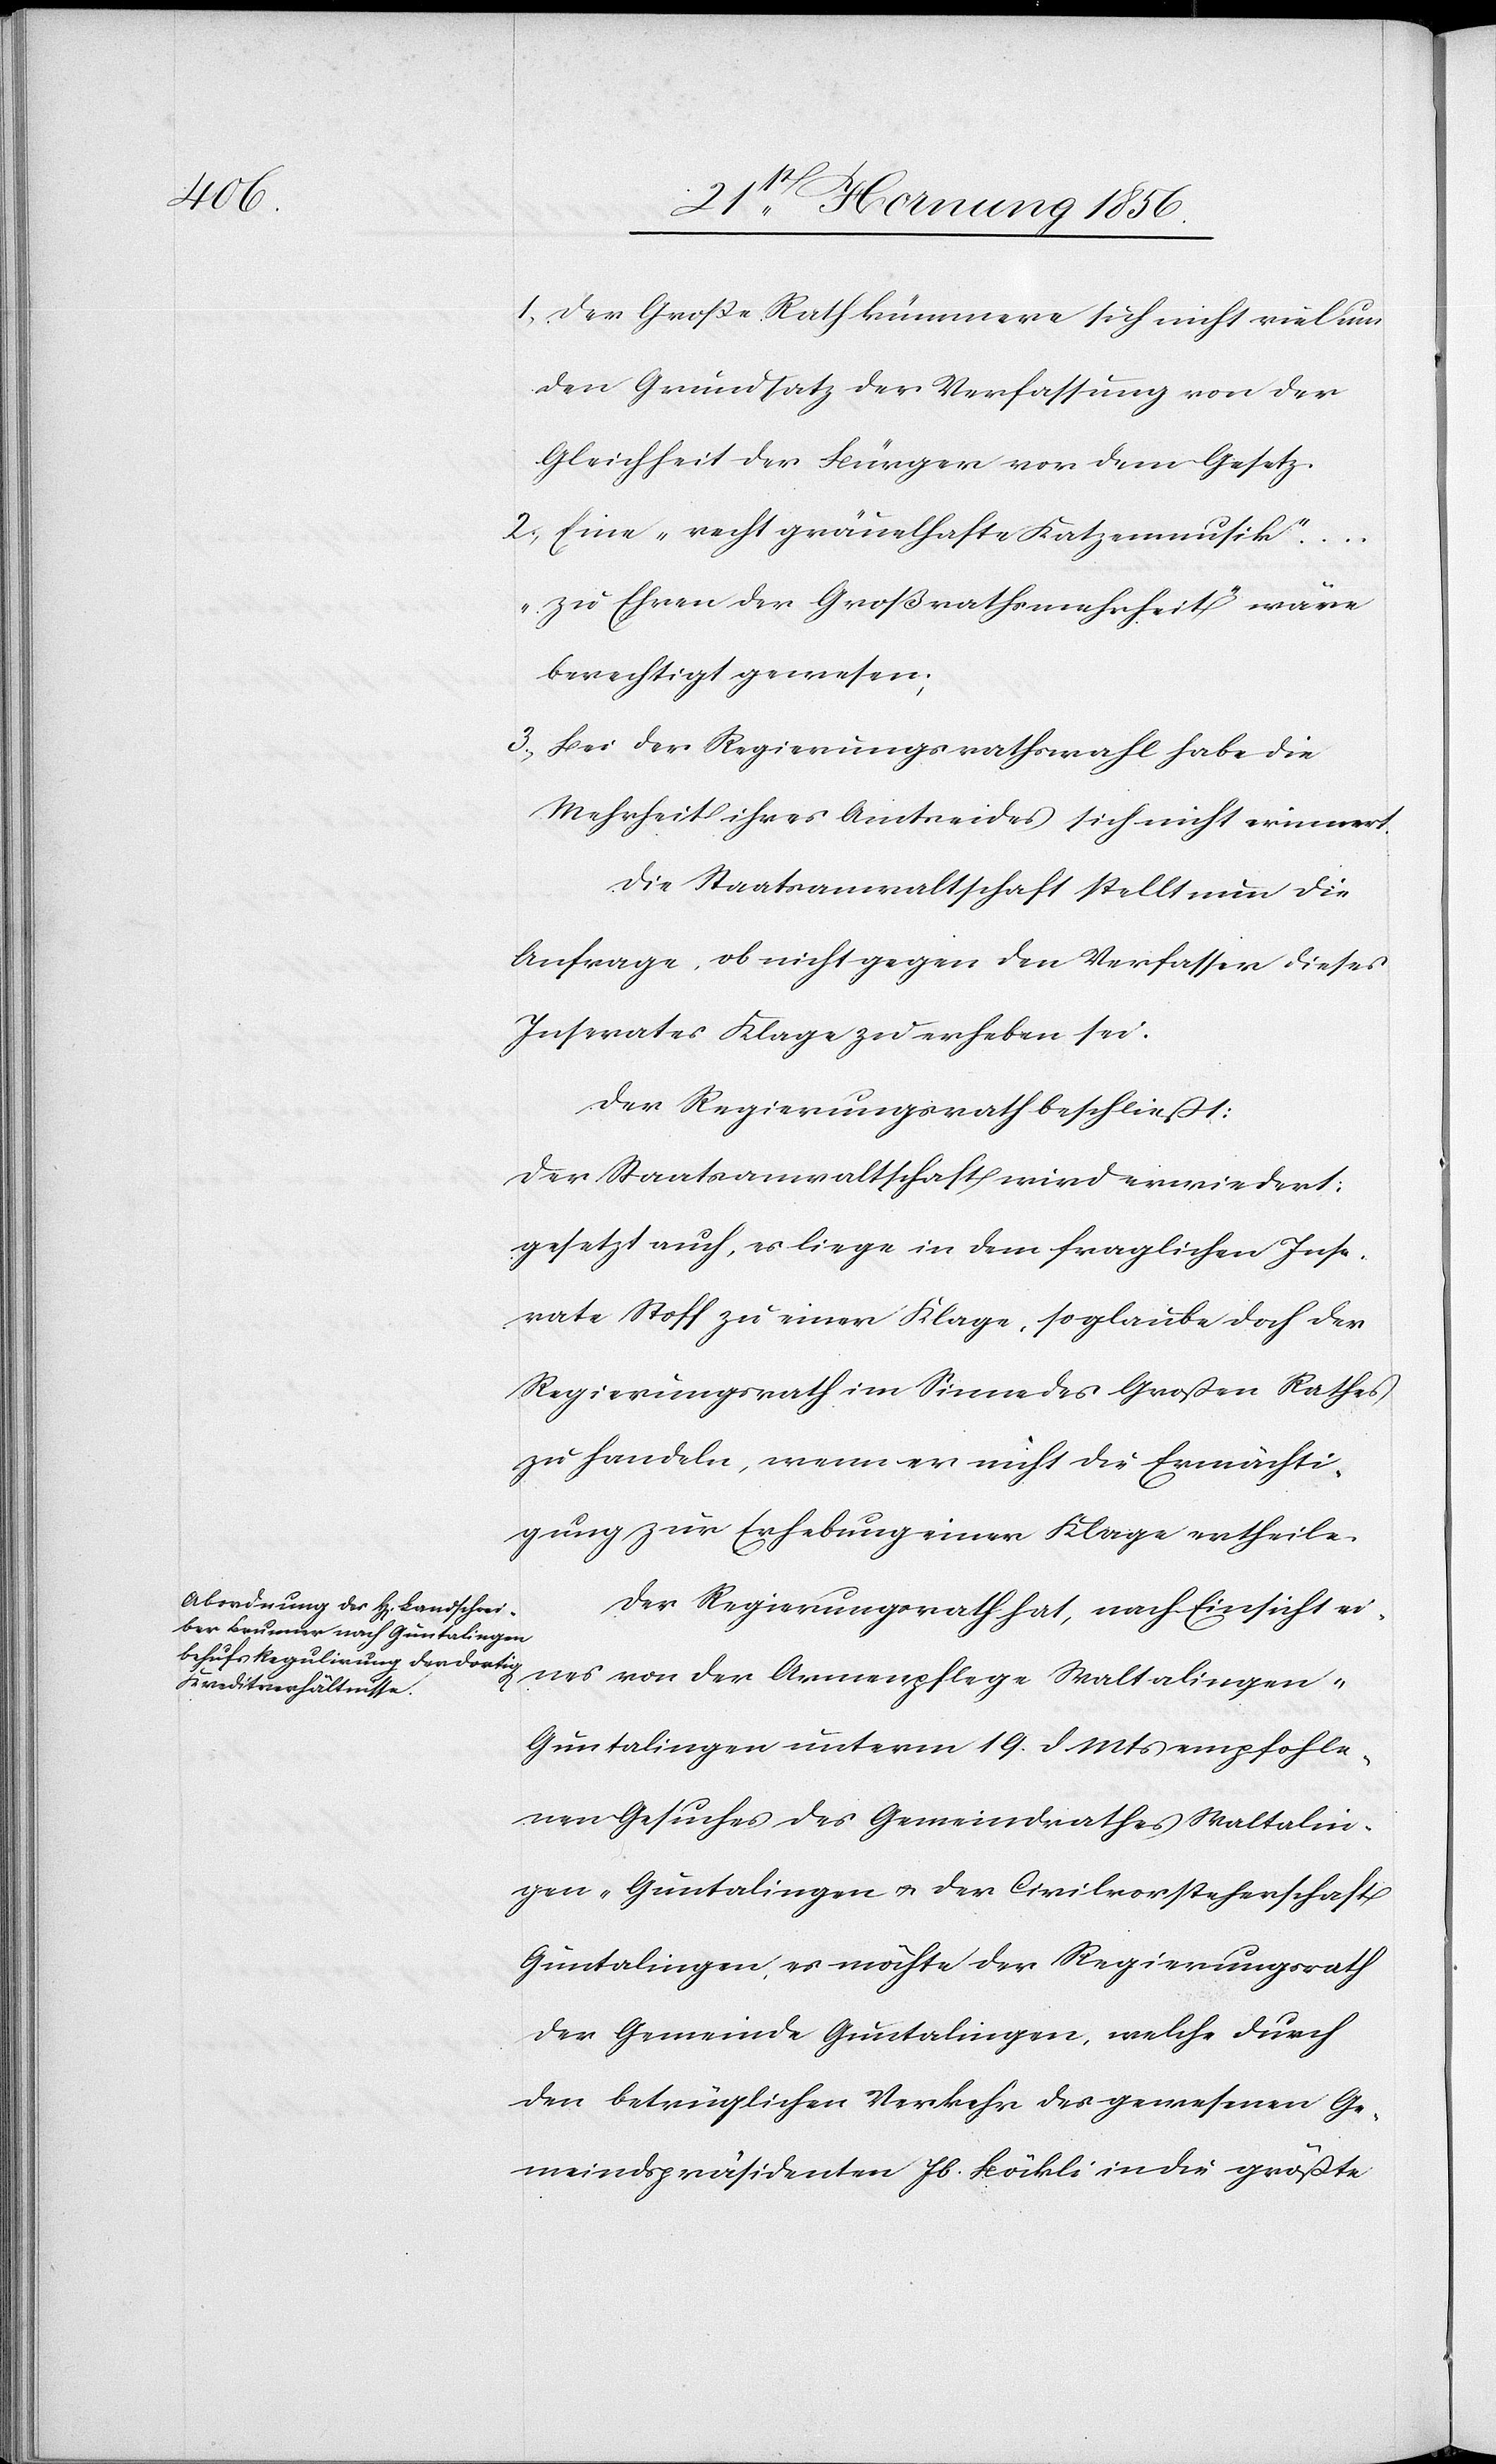
1. Der Große Rath kümmere sich nicht viel um
den Grundsatz der Verfassung von der
Gleichheit der Bürger vor dem Gesetz.
2. Eine „recht gräuelhafte Katzenmusik“
in¬
„zu Ehren der Großrathsmehrheit“ wäre
berechtigt gewesen;
3. Bei der Regierungsrathswahl habe die
Mehrheit ihres Amtseides sich nicht erinnert.
Die Staatsanwaltschaft stellt nun die
Anfrage, ob nicht gegen den Verfasser dieses
Inserates Klage zu erheben sei.
Der Regierungsrath beschließt:
Der Staatsanwaltschaft wird erwiedert:
gesetzt auch, es liege in dem fraglichen Inse¬
rate Stoff zu einer Klage, so glaube doch der
Regierungsrath im Sinne des Großen Rathes
zu handeln, wenn er nicht die Ermächti¬
gung zur Erhebung einer Klage ertheile.
Der Regierungsrath hat, nach Einsicht ei¬
gen-Guntalingen u. der Civilvorsteherschaft
Guntalingen, es möchte der Regierungsrath
der Gemeinde Guntalingen, welche durch
den betrüglichen Verkehr des gewesenen Ge¬
meindspräsidenten Jb. Böckli in die größte